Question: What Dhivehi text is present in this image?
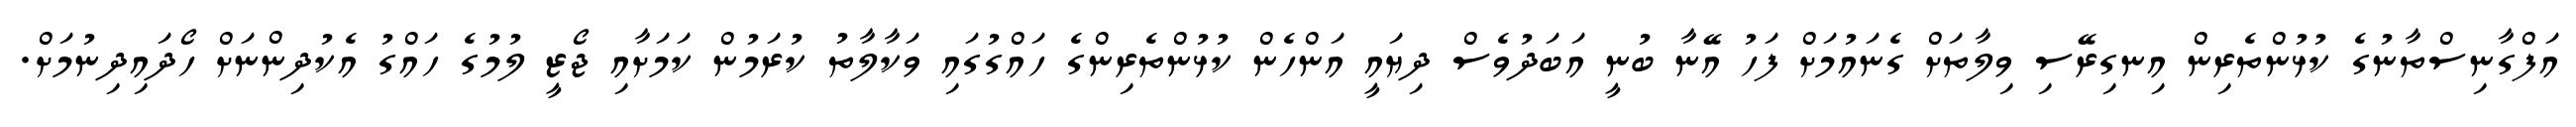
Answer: އަފްގާނިސްތާނުގެ ކުޅުންތެރިން އިނގިރޭސި ވިލާތަށް ގެނައުމަށް ފަހު އޭނާ ބުނީ އަބަދުވެސް ދިޔައީ އަންހެން ކުޅުންތެރިންގެ ހައްގުގައި ވަކާލާތު ކުރަމުން ކަމަށާއި ޖޯޒީ ލުމުގެ ހައްގު އެކުދިންނަށް ހޯދައިދިނުމަށް.